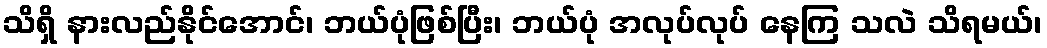
သိရှိ နားလည်နိုင်အောင်၊ ဘယ်ပုံဖြစ်ပြီး၊ ဘယ်ပုံ အလုပ်လုပ် နေကြ သလဲ သိရမယ်၊